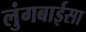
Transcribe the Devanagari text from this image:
लुंगबाईसा